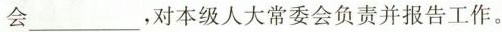
会___，对本级人大常委会负责并报告工作。